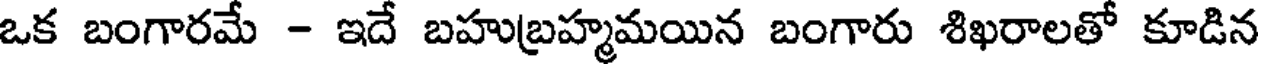
ఒక బంగారమే - ఇదే బహుబ్రహ్మమయిన బంగారు శిఖరాలతో కూడిన